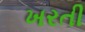
ખરતી